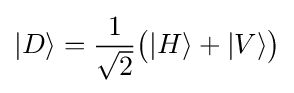
|D\rangle ={\frac {1}{\sqrt {2}}}{\big (}|H\rangle +|V\rangle {\big )}